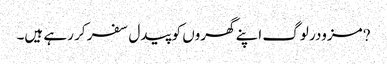
?مزودر لوگ اپنے گھروں کو پیدل سفر کر رہے ہیں۔